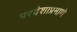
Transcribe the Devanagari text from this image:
परदेशाप्रमाणे